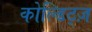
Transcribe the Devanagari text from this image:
कोल्डिट्ज़